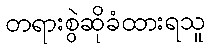
တရားစွဲဆိုခံထားရသူ